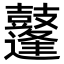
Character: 𪔲